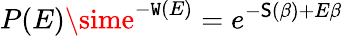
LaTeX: P(E)\sime^{-\mathtt{W}(E)}=e^{-\mathsf{S}(\beta)+E\beta}